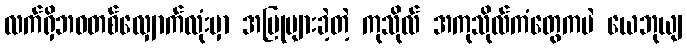
လက်ရှိဘဝတစ်လျှောက်လုံးမှာ အပြုများခဲ့တဲ့ ကုသိုလ် အကုသိုလ်ကံတွေကပဲ ယေဘုယျ